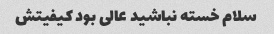
سلام خسته نباشید عالی بود کیفیتش